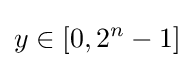
y\in [0,2^{n}-1]